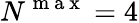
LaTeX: N^{\mathrm{~m~a~x~}}=4